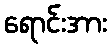
ရောင်းအား